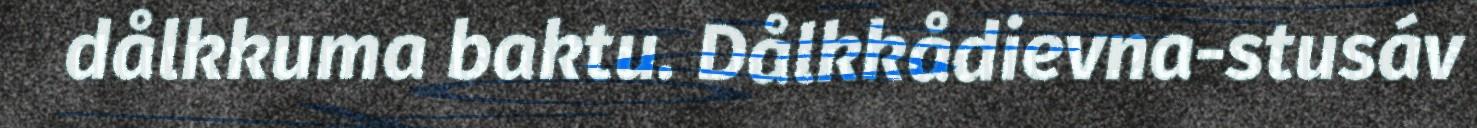
dålkkuma baktu. Dålkkådievna-stusáv